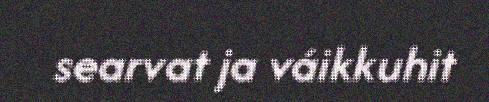
searvat ja váikkuhit